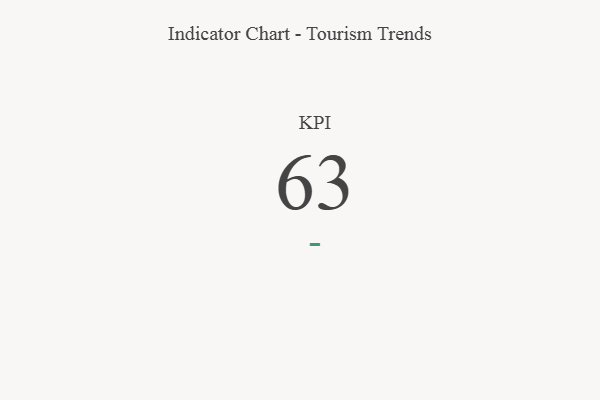
{"axis": {"x": "KPI", "y": "Value"}, "legend": [""], "data": [{"x": "KPI", "y": 63, "type": ""}]}